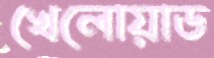
খেলোয়াড